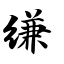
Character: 缣